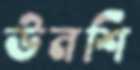
উনশি